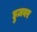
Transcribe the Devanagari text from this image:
हुज़वर